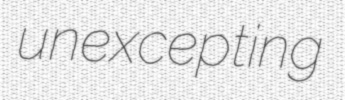
unexcepting